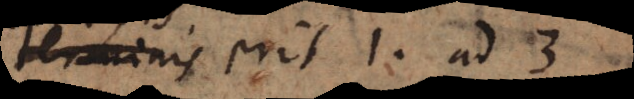
terminis erit 1 ad 3.